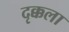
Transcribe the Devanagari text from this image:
दृक्कला